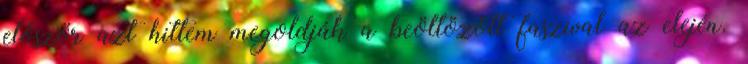
először azt hittem megoldják a beöltözött faszival az elején.